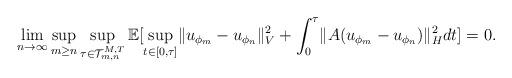
LaTeX: \begin{align*}\lim_{n \rightarrow \infty } \sup_{m \geq n} \sup_{\tau \in \mathcal{T}_{m,n}^{M,T}} \mathbb{E}[\sup_{t \in [0,\tau]} \lVert u_{\phi_m} - u_{\phi_n} \rVert_V^2 + \int_0^{\tau} \lVert A(u_{\phi_m} - u_{\phi_n}) \rVert_H^2dt ] = 0.\end{align*}